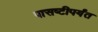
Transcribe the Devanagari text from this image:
पासष्टीपर्यंत